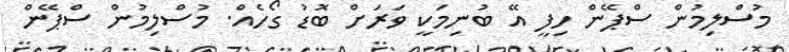
މުސްލިމުން ސްޕޭން ހިފީ އޭ ބުނިމަކީ ވަރަށް ބޮޑު ގޯހެއް. މުސްލިމުން ސްޕޭން